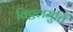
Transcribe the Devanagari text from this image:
विठ्ठलमुर्ति